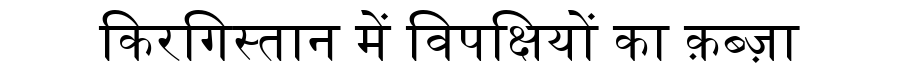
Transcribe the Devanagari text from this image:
किरगिस्तान में विपक्षियों का क़ब्ज़ा